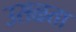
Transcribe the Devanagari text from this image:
उसळता